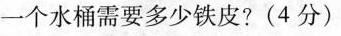
一个水桶需要多少铁皮?(4分)